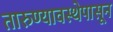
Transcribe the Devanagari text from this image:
तारुण्यावस्थेपासून